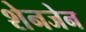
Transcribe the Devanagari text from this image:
शेनजेन